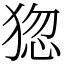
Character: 㺀